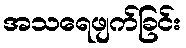
အသရေဖျက်ခြင်း